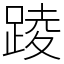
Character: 踜